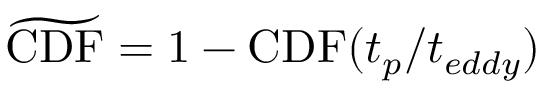
{ \widetilde \mathrm { C D F } } = 1 - \mathrm { C D F } ( t _ { p } / t _ { e d d y } )